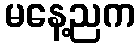
မနေ့ညက